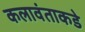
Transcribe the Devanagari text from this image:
कलावंताकडे